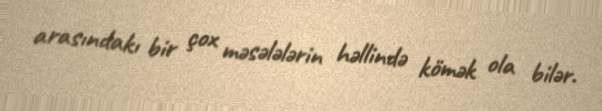
arasındakı bir çox məsələlərin həllində kömək ola bilər.